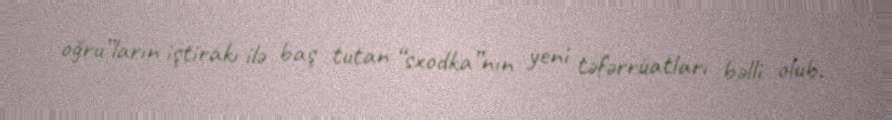
oğru”ların iştirakı ilə baş tutan “sxodka”nın yeni təfərrüatları bəlli olub.